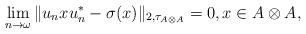
LaTeX: \begin{align*}\lim_{n\rightarrow\omega}\|u_n x u_n^*- \sigma(x)\|_{2,\tau_{A\otimes A}}=0,x\in A\otimes A,\end{align*}